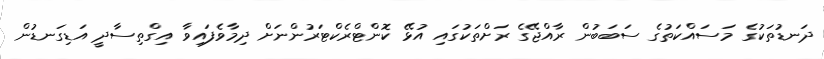
ދަނޑުތަކުގެ މަސައްކަތުގެ ސަބަބުން ރާއްޖޭގެ ރަށްތަކުގައި އުޅޭ ކޮންޓްރެކްޓަރުންނަށް ދިމާވެފައިވާ އިގްތިސާދީ އަޑިގަނޑުން